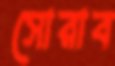
সোরাব